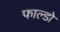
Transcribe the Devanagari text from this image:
फाल्डो